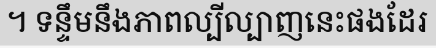
។ ទន្ទឹមនឹងភាពល្បីល្បាញនេះផងដែរ